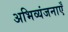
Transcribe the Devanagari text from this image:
अभिव्यंजनाएँ